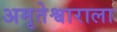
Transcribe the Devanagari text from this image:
अमृतेश्वाराला